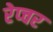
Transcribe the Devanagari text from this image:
रेप्चर